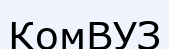
КомВУЗ